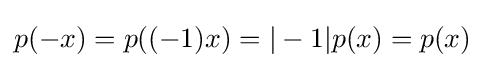
p(-x)=p((-1)x)=|-1|p(x)=p(x)